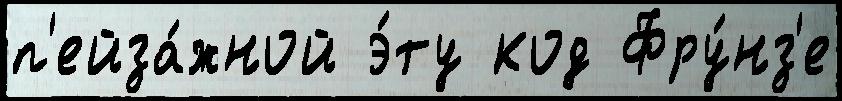
п'ейза́жной э́ту код Фру́нз'е